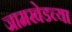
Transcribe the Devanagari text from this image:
जामखेडच्या